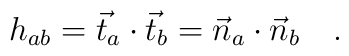
h_{ab} = \vec{t}_a \cdot \vec{t}_b = \vec{n}_a \cdot \vec{n}_b \quad.